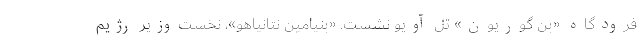
فرودگاه «بن گوریون» تل آویو نشست. «بنیامین نتانیاهو»، نخست‌وزیر رژیم